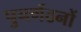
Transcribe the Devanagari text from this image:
पुनर्गठनों